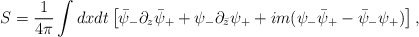
\begin{align*}S = {1 \over 4\pi} \int dx dt \left[ \bar\psi_- \partial_z \bar\psi_+ +\psi_-\partial_{\bar z} \psi_+ + im (\psi_-\bar\psi_+- \bar\psi_-\psi_+)\right] ,\end{align*}